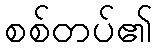
စစ်တပ်၏